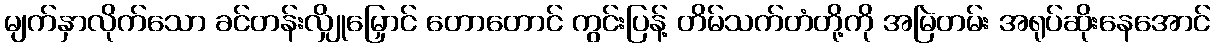
မျက်နှာလိုက်သော ခင်တန်းလျှိုမြှောင် တောတောင် ကွင်းပြန့် တိမ်သက်တံတို့ကို အမြဲတမ်း အရုပ်ဆိုးနေအောင်